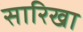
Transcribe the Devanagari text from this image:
सारिखा